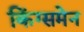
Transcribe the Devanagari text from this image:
किंग्समेन